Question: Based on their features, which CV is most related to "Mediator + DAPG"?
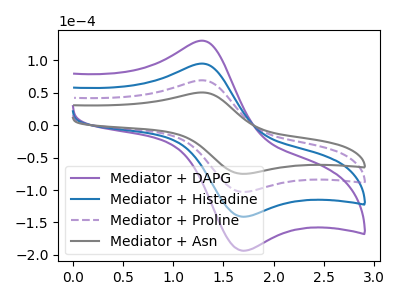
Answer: <think>The purple curve "Mediator + DAPG" has an anodic peak at (1.25V, 207.95uA) and a cathodic peak at (1.70V, -308.80uA). The blue curve "Mediator + Histadine" has an anodic peak at (1.25V, 138.65uA) and a cathodic peak at (1.70V, -205.85uA). The purple dashed curve "Mediator + Proline" has an anodic peak at (1.25V, 69.30uA) and a cathodic peak at (1.70V, -102.95uA). The gray curve "Mediator + Asn" has an anodic peak at (1.25V, 50.55uA) and a cathodic peak at (1.70V, -75.05uA).
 All the peaks in "Mediator + DAPG" have a peak in "Mediator + Histadine" at the same potential. Every peak in "Mediator + DAPG" is higher than every peak in "Mediator + Histadine". All the peaks in "Mediator + DAPG" have a peak in "Mediator + Proline" at the same potential. Every peak in "Mediator + DAPG" is higher than every peak in "Mediator + Proline". All the peaks in "Mediator + DAPG" have a peak in "Mediator + Asn" at the same potential. Every peak in "Mediator + DAPG" is higher than every peak in "Mediator + Asn". All the peaks in "Mediator + Histadine" have a peak in "Mediator + Proline" at the same potential. Every peak in "Mediator + Histadine" is higher than every peak in "Mediator + Proline". All the peaks in "Mediator + Histadine" have a peak in "Mediator + Asn" at the same potential. Every peak in "Mediator + Histadine" is higher than every peak in "Mediator + Asn". All the peaks in "Mediator + Proline" have a peak in "Mediator + Asn" at the same potential. Every peak in "Mediator + Proline" is higher than every peak in "Mediator + Asn".</think>
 <answer>"Mediator + DAPG", "Mediator + Histadine" and "Mediator + Proline" have a similar shape to "Mediator + Asn".</answer>
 <eval>"Mediator + DAPG" "Mediator + Histadine" "Mediator + Proline"</eval>